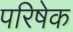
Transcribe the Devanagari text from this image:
परिषेक